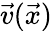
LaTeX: \vec{v}(\vec{x})